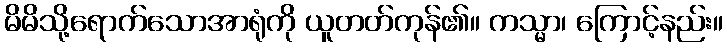
မိမိသို့ရောက်သောအာရုံကို ယူတတ်ကုန်၏။ ကသ္မာ၊ ကြောင့်နည်း။